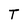
Character: T